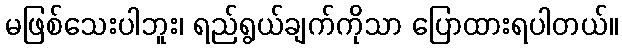
မဖြစ်သေးပါဘူး၊ ရည်ရွယ်ချက်ကိုသာ ပြောထားရပါတယ်။